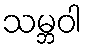
သမ္ဘဝါ